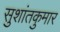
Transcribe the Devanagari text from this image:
सुशांतकुमार